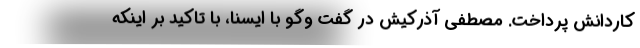
کاردانش پرداخت. مصطفی آذرکیش در گفت وگو با ایسنا، با تاکید بر اینکه